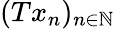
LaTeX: (Tx_{n})_{n\in\mathbb{N}}